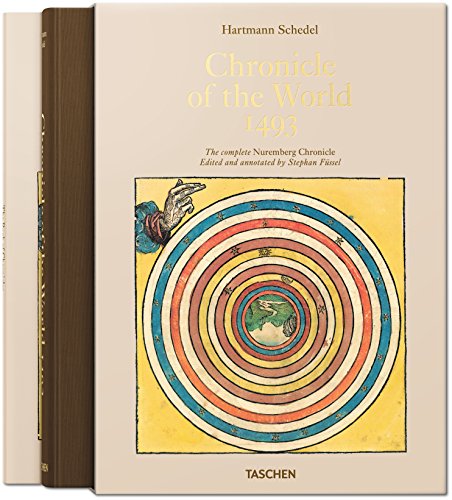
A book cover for Schedel: Chronicle of the World - 1493; Stephan Fussel; Crafts, Hobbies & Home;